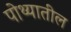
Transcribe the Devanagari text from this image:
पोथ्यातील